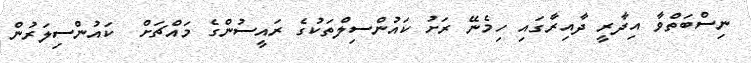
ނިސްބަތްވާ އިދާރީ ދާއިރާގައި ހިމެނޭ ރަށު ކައުންސިލްތަކުގެ ރައީސުންގެ މައްޗަށް  ކައުންސިލަރުން